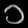
Digit: ၁